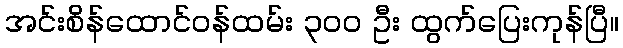
အင်းစိန်ထောင်ဝန်ထမ်း ၃၀၀ ဦး ထွက်ပြေးကုန်ပြီ။